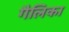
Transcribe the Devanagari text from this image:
गैलिका